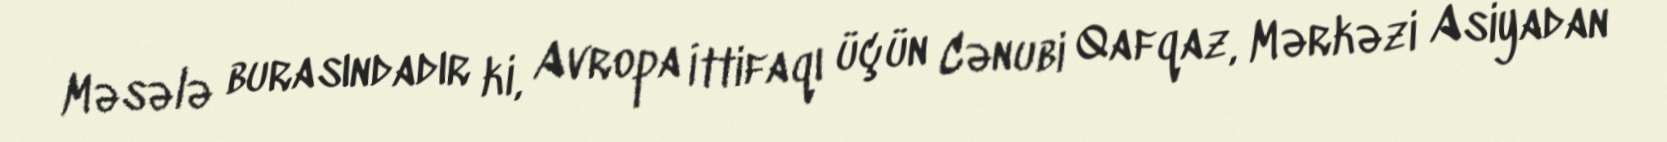
Məsələ burasındadır ki, Avropa İttifaqı üçün Cənubi Qafqaz, Mərkəzi Asiyadan